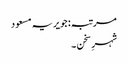
مرتبہ: جویریہ مسعود
شہرِ سخن ۔